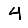
Digit: 4